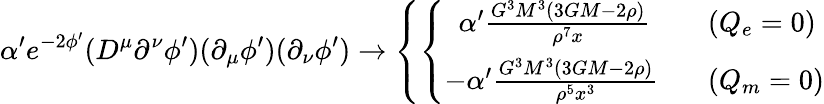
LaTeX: \alpha^{\prime}e^{-2\phi^{\prime}}(D^{\mu}\partial^{\nu}\phi^{\prime})(\partial_{\mu}\phi^{\prime})(\partial_{\nu}\phi^{\prime})\rightarrow\left\{ \left\{ \begin{array}{ll}{{~~\alpha^{\prime}\frac{G^{3}M^{3}(3GM-2\rho)}{\rho^{7}x}~~~}}&{{(Q_{e}=0)}}\\ {{-\alpha^{\prime}\frac{G^{3}M^{3}(3GM-2\rho)}{\rho^{5}x^{3}}~~~}}&{{(Q_{m}=0)}}\end{array}\right.\right.